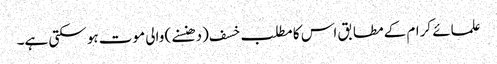
علمائے کرام کے مطابق اس کا مطلب خسف (دھنسنے) والی موت ہو سکتی ہے۔